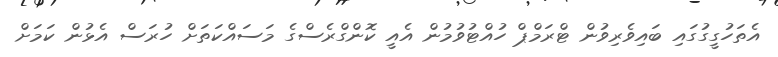
އެތަހުގީގުގައި ބައިވެރިވުން ޓްރަމްޕް ހުއްޓުވުމުން އެއީ ކޮންގްރެސްގެ މަސައްކަތަށް ހުރަސް އެޅުން ކަމަށް